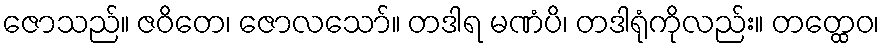
ဇောသည်။ ဇဝိတေ၊ ဇောလသော်။ တဒါရ မဏံပိ၊ တဒါရုံကိုလည်း။ တတ္ထေဝ၊